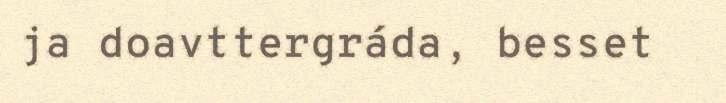
ja doavttergráda, besset